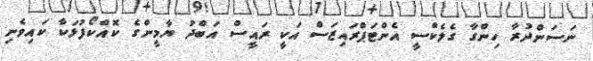
ނަސަންދުރާ ހިންގާ ގެލެކްސީ އެންޓަޕްރައިޒަސް އަކީ ރައީސް އަބްދު ޔާމީންގެ ކޮއްކޯފުޅަކާ ކައިވެނި